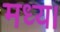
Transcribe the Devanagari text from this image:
मध्य।